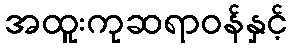
အထူးကုဆရာဝန်နှင့်